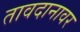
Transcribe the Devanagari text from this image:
तावदानावर